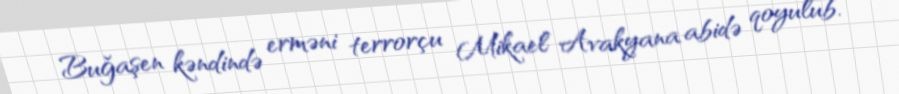
Buğaşen kəndində erməni terrorçu Mikael Avakyana abidə qoyulub.